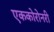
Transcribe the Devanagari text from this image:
एककोरोनरी